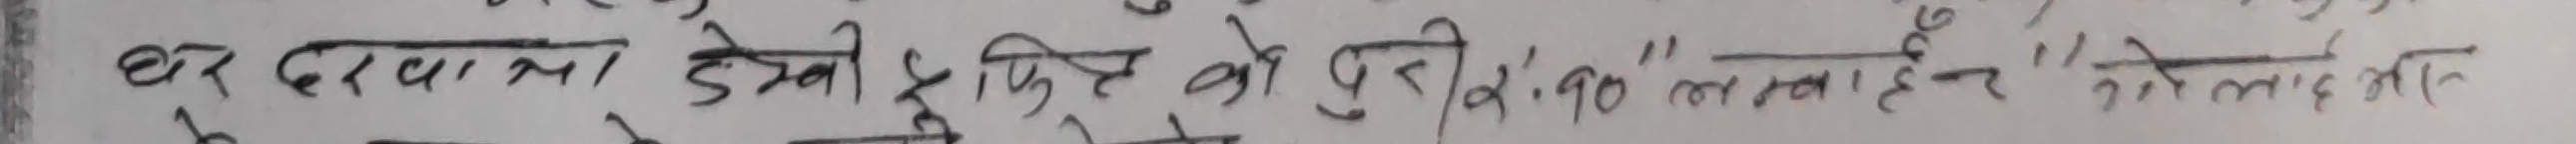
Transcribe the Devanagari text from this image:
घर दरवाजा देखो फिर को दूरी 8.90" ला है" ये तो लाड़